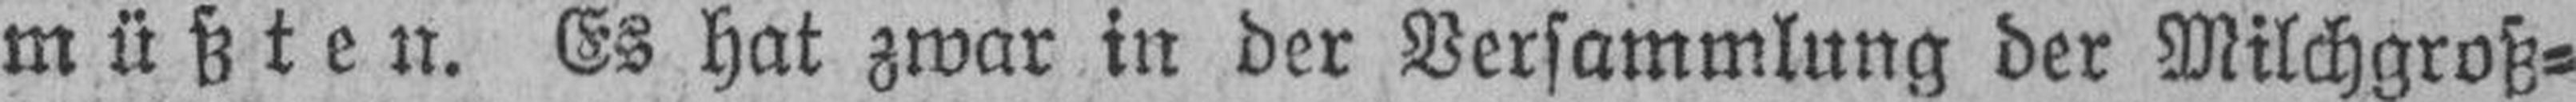
müßten. Es hat zwar in der Versammlung der Milchgroß¬